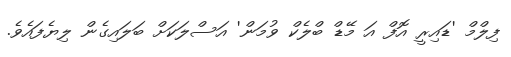
ފިލްމް 'ޑައިރީ އޮފް އަ މޭޑް ބްލެކް ވުމަން' އަސްލަކަށް ބަލައިގެން ލިޔެފައެވެ.